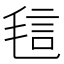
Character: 𰚝